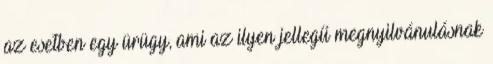
az esetben egy ürügy, ami az ilyen jellegű megnyilvánulásnak